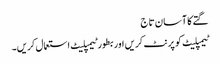
گتے کا آسان تاج
ٹیمپلیٹ کو پرنٹ کریں اور بطور ٹیمپلیٹ استعمال کریں۔